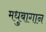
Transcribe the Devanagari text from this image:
मधुबागान